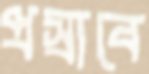
প্রস্রাবে